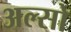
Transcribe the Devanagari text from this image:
अल्सो